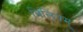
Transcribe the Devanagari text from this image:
विलियम्